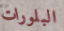
البلورات